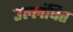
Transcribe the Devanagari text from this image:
उल्लंघित